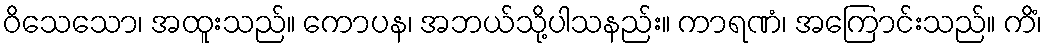
ဝိသေသော၊ အထူးသည်။ ကောပန၊ အဘယ်သို့ပါသနည်း။ ကာရဏံ၊ အကြောင်းသည်။ ကိံ၊